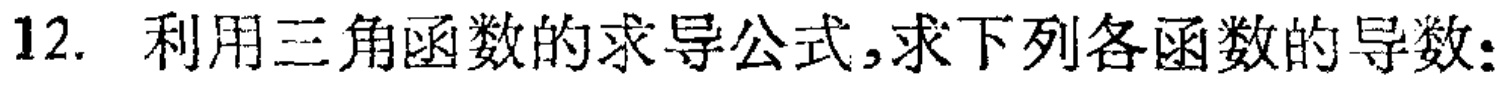
12. 利用三角函数的求导公式,求下列各函数的导数: